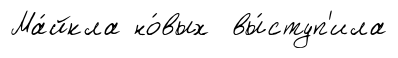
Ма́йкла но́вых вы́ступ'ила